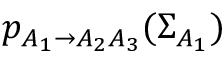
p _ { A _ { 1 } \rightarrow A _ { 2 } A _ { 3 } } ( \Sigma _ { A _ { 1 } } )